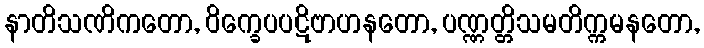
နာတိသဏိကတော, ဝိက္ခေပပဋိဗာဟနတော, ပဏ္ဏတ္တိသမတိက္ကမနတော,